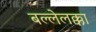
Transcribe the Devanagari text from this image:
बल्लेलक्का